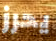
يحرز